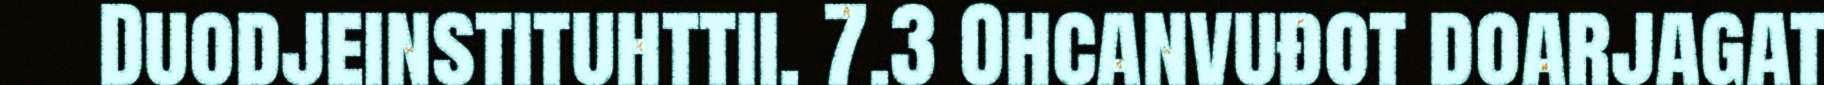
Duodjeinstituhttii. 7.3 Ohcanvuđot doarjagat